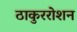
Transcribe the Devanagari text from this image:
ठाकुररोशन